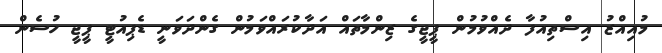
މުއިއްޒު އިސްތިއުފާ ދެއްވުމުން ޕީޖީގެ ޒިންމާތައް އަދާކުރައްވަމުން ގެންދަވަނީ ޑެޕިއުޓީ ޕީޖީ ހުސެން